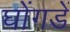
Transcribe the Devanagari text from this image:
घोंगडें